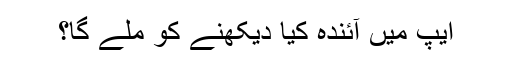
ایپ میں آئندہ کیا دیکھنے کو ملے گا؟